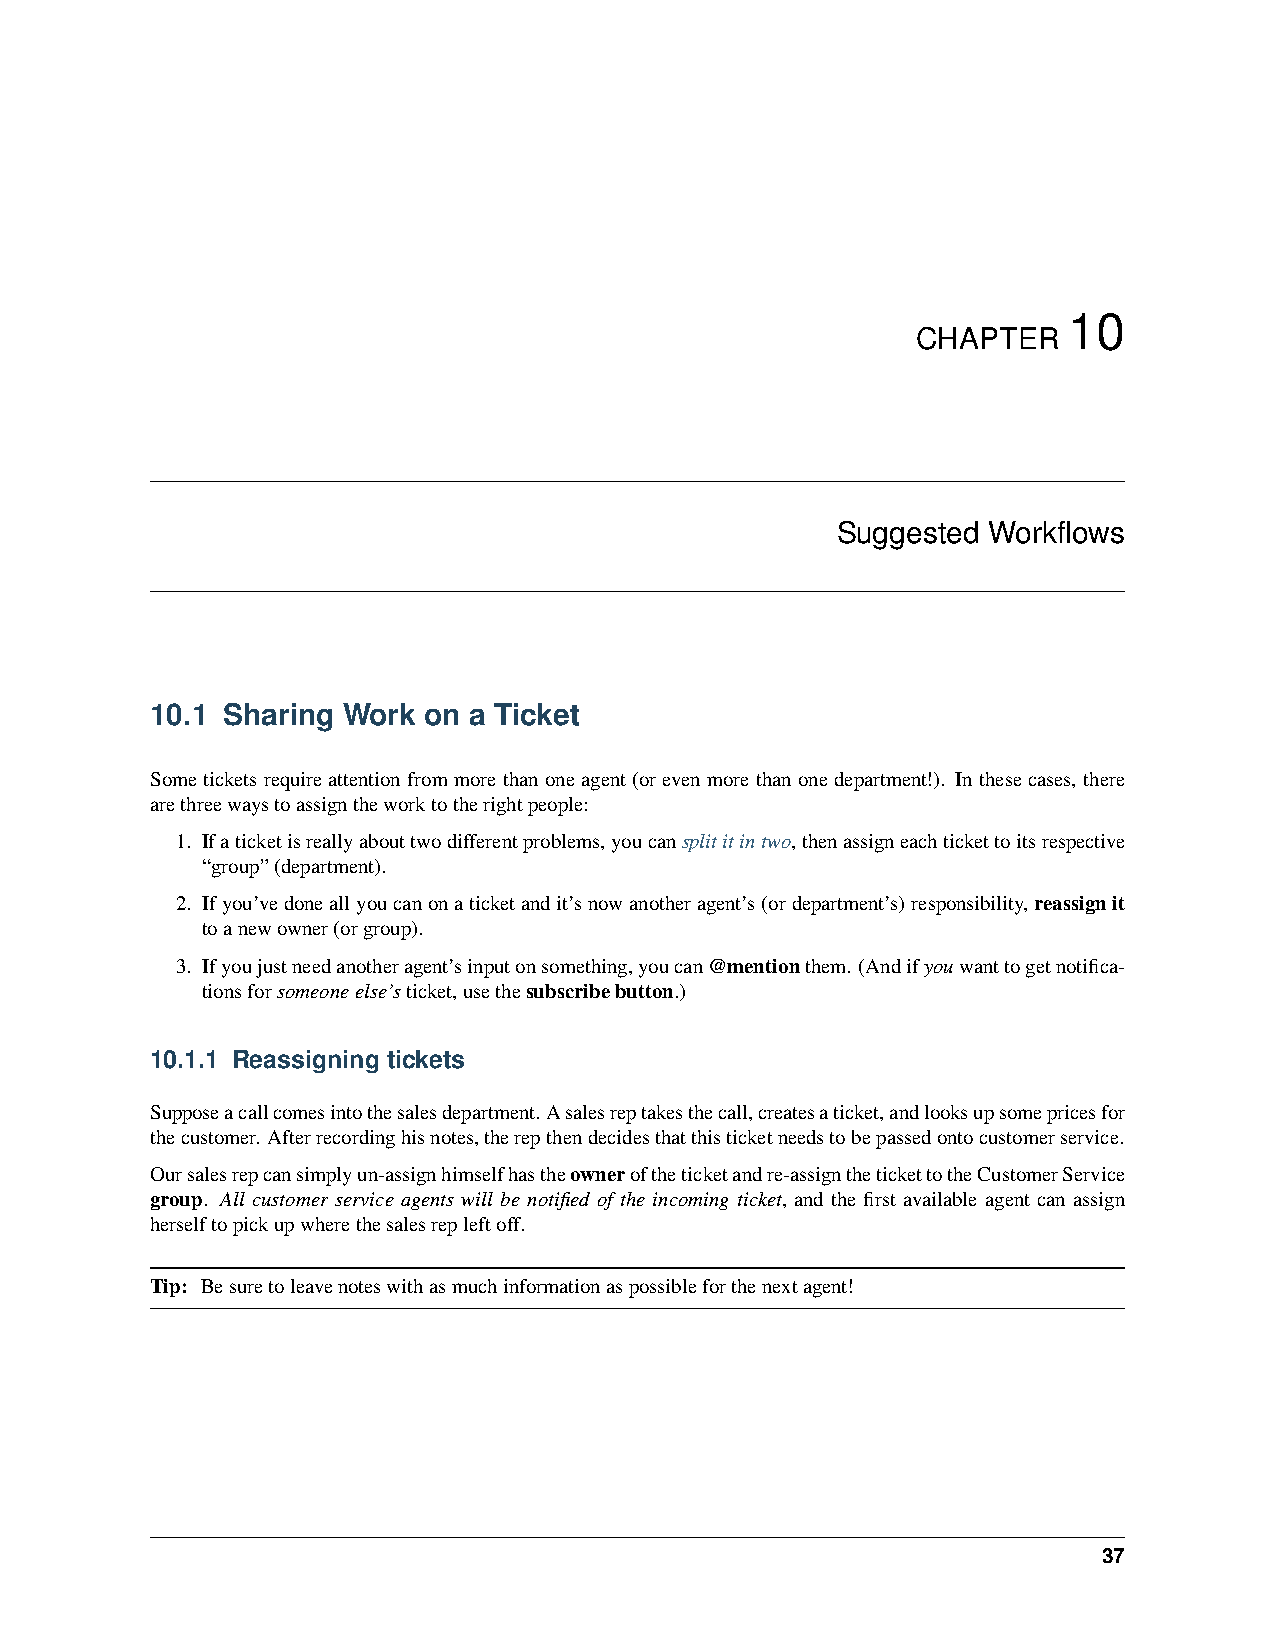
10
 CHAPTER
 Suggested Workflows
 10.1 Sharing Work on a Ticket
 Someticketsrequireattentionfrommorethanoneagent(orevenmorethanonedepartment!). Inthesecases, there
 arethreewaystoassigntheworktotherightpeople:
 1. Ifaticketisreallyabouttwodifferentproblems,youcansplititintwo,thenassigneachtickettoitsrespective
 “group”(department).
 2. Ifyou’vedoneallyoucanonaticketandit’snowanotheragent’s(ordepartment’s)responsibility,reassignit
 toanewowner(orgroup).
 3. Ifyoujustneedanotheragent’sinputonsomething,youcan@mentionthem. (Andifyouwanttogetnotifica-
 tionsforsomeoneelse’sticket,usethesubscribebutton.)
 10.1.1 Reassigning tickets
 Supposeacallcomesintothesalesdepartment.Asalesreptakesthecall,createsaticket,andlooksupsomepricesfor
 thecustomer. Afterrecordinghisnotes,therepthendecidesthatthisticketneedstobepassedontocustomerservice.
 Oursalesrepcansimplyun-assignhimselfhastheowneroftheticketandre-assignthetickettotheCustomerService
 group. All customer service agents will be notified of the incoming ticket, and the first available agent can assign
 herselftopickupwherethesalesrepleftoff.
 Tip: Besuretoleavenoteswithasmuchinformationaspossibleforthenextagent!
 37